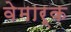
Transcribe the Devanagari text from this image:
वेमार्क